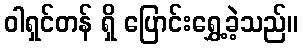
ဝါရှင်တန် ရှိ ပြောင်းရွှေ့ခဲ့သည်။